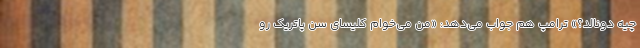
چیه دونالد؟» ترامپ هم جواب می‌دهد: «من می‌خوام کلیسای سن پاتریک رو